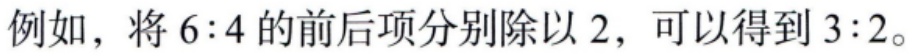
例如，将\(6:4\)的前后项分别除以\(2\)，可以得到\(3:2\)。